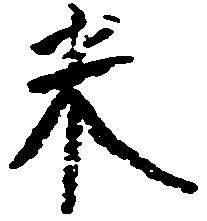
米